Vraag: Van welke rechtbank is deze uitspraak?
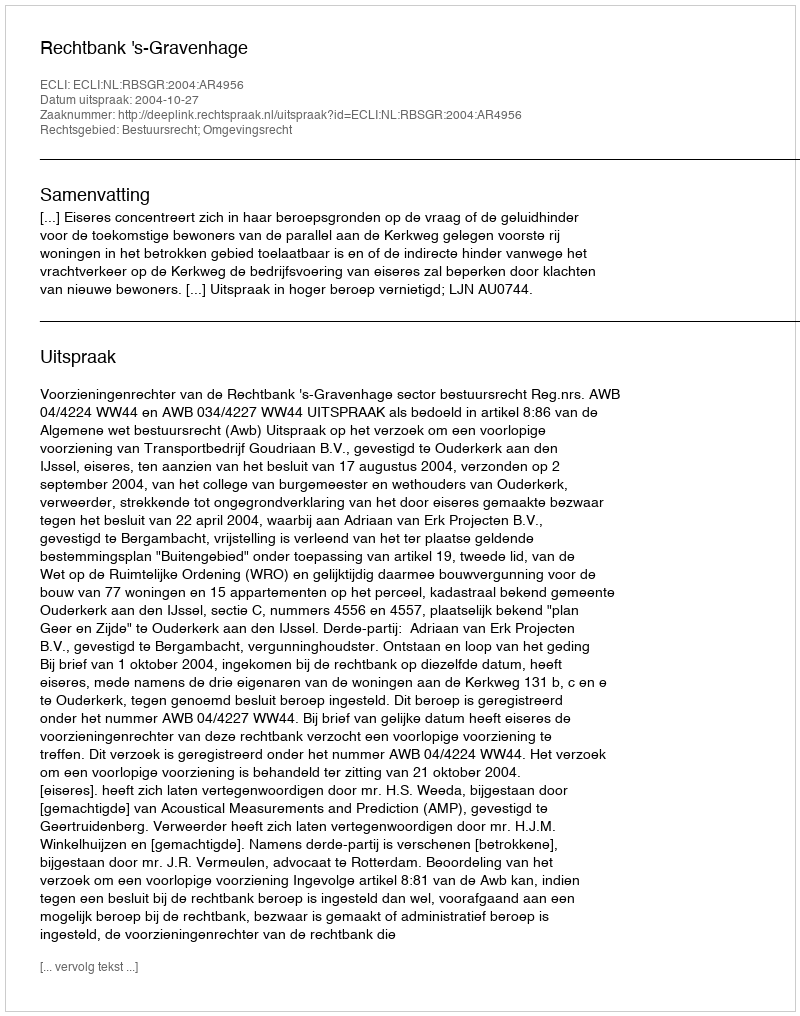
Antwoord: Rechtbank 's-Gravenhage